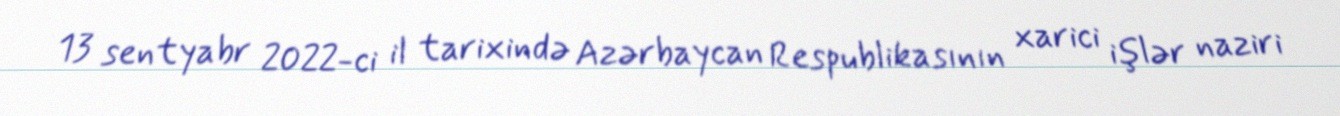
13 sentyabr 2022-ci il tarixində Azərbaycan Respublikasının xarici işlər naziri